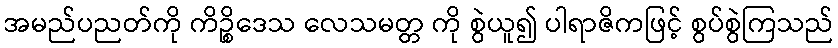
အမည်ပညတ်ကို ကိဉ္စိဒေသ လေသမတ္တ ကို စွဲယူ၍ ပါရာဇိကဖြင့် စွပ်စွဲကြသည်